Civil Veterinary Department Bihar & Orissa reports 1911-21 - 1911-1921
Year: 1911
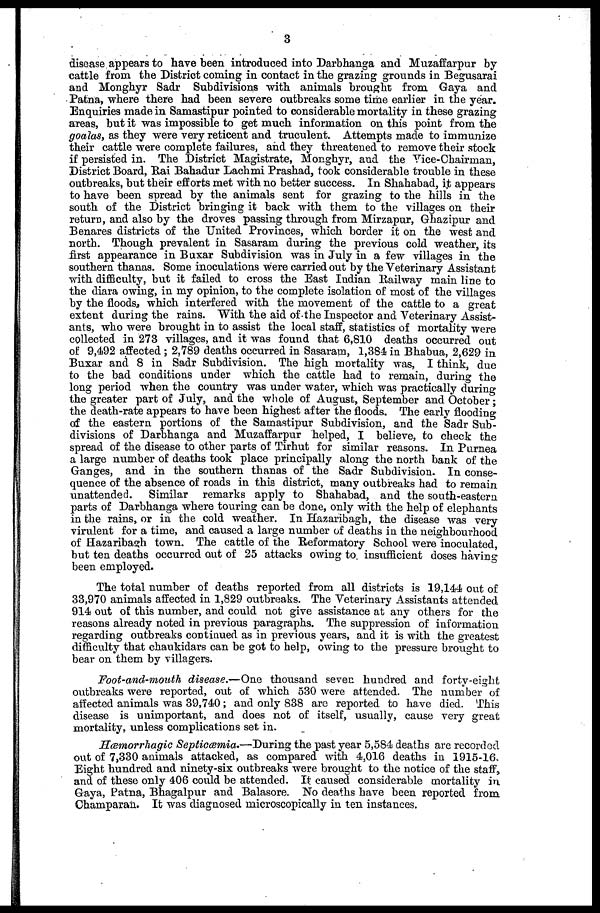
3
disease appears to have been introduced into Darbhanga and Muzaffarpur by
cattle from the District coming in contact in the grazing grounds in Begusarai
and Monghyr Sadr Subdivisions with animals brought from Gaya and
Patna, where there had been severe outbreaks some time earlier in the year.
Enquiries made in Samastipur pointed to considerable mortality in these grazing
areas, but it was impossible to get much information on this point from the
goalas, as they were very reticent and truculent. Attempts made to immunize
their cattle were complete failures, and they threatened to remove their stock
if persisted in. The District Magistrate, Monghyr, and the Vice-Chairrnan,
District Board, Rai Bahadur Lachmi Prashad, took considerable trouble in these
outbreaks, but their efforts met with no better success. In Shahabad, it appears
to have been spread by the animals sent for grazing to the hills in the
south of the District bringing it back with them to the villages on their
return, and also by the droves passing through from Mirzapur, Ghazipur and
Benares districts of the United Provinces, which border it on the west and
north. Though prevalent in Sasaram during the previous cold weather, its
first appearance in Buxar Subdivision was in July in a few villages in the
southern thanas. Some inoculations were carried out by the Veterinary Assistant
with difficulty, but it failed to cross the East Indian Railway main line to
the diara owing, in my opinion, to the complete isolation of most of the villages
by the floods., which interfered with the movement of the cattle to a great
extent during the rains. With the aid of the Inspector and Veterinary Assist-
ants, who were brought in to assist the local staff, statistics of mortality were
collected in 273 villages, and it was found that 6,810 deaths occurred out
of 9,492 affected ; 2,789 deaths occurred in Sasaram, 1,384 in Bhabua, 2,629 in
Buxar and 8 in Sadr Subdivision. The high mortality was, I think, due
to the bad conditions under which the cattle had to remain, during the
long period when the country was under water, which was practically during
the greater part of July, and the whole of August, September and October;
the death-rate appears to have been highest after the floods. The early flooding
of the eastern portions of the Samastipur Subdivision, and the Sadr Sub-
divisions of Darbhanga and Muzaffarpur helped, I believe, to check the
spread of the disease to other parts of Tirhut for similar reasons. In Purnea
a large number of deaths took place principally along the north bank of the
Ganges, and in the southern thanas of the Sadr Subdivision. In conse-
quence of the absence of roads in this district, many outbreaks had to remain
unattended. Similar remarks apply to Shahabad, and the south-eastern
parts of Darbhanga where touring can be done, only with the help of elephants
in the rains, or in the cold weather. In Hazaribagh, the disease was very
virulent for a time, and caused a large number of deaths in the neighbourhood
of Hazaribagh town. The cattle of the Reformatory School were inoculated,
but ten deaths occurred out of 25 attacks owing to insufficient doses having
been employed.
The total number of deaths reported from all districts is 19,144 out of
33,970 animals affected in 1,829 outbreaks. The Veterinary Assistants attended
914 out of this number, and could not give assistance at any others for the
reasons already noted in previous paragraphs. The suppression of information
regarding outbreaks continued as in previous years, and it is with the greatest
difficulty that chaukidars can be got to help, owing to the pressure brought to
bear on them by villagers.
Foot-and-mouth disease.—One thousand seven hundred and forty-eight
outbreaks were reported, out of which 530 were attended. The number of
affected animals was 39,740; and only 838 arc reported to have died. This
disease is unimportant, and does not of itself, usually, cause very great
mortality, unless complications set in.
Hæmorrhagic Septicæmia.—During the past year 5,584 deaths arc recorded
out of 7,330 animals attacked, as compared with 4,016 deaths in 1915-16.
Eight hundred and ninety-six outbreaks were brought to the notice of the staff,
and of these only 406 could be attended. It caused considerable mortality in
Gaya, Patna, Bhagalpur and Balasore. No deaths have been reported from
Champaran. It was diagnosed microscopically in ten instances.